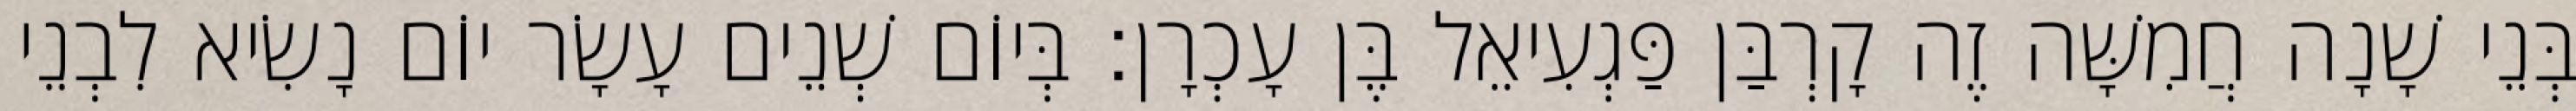
בְּנֵי שָׁנָה חֲמִשָּׁה זֶה קָרְבַּן פַּגְעִיאֵל בֶּן עָכְרָן׃ בְּיוֹם שְׁנֵים עָשָׂר יוֹם נָשִׂיא לִבְנֵי